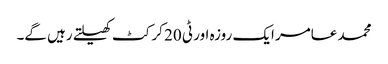
محمد عامر ایک روزہ اور ٹی 20 کرکٹ کھیلتے رہیں گے۔